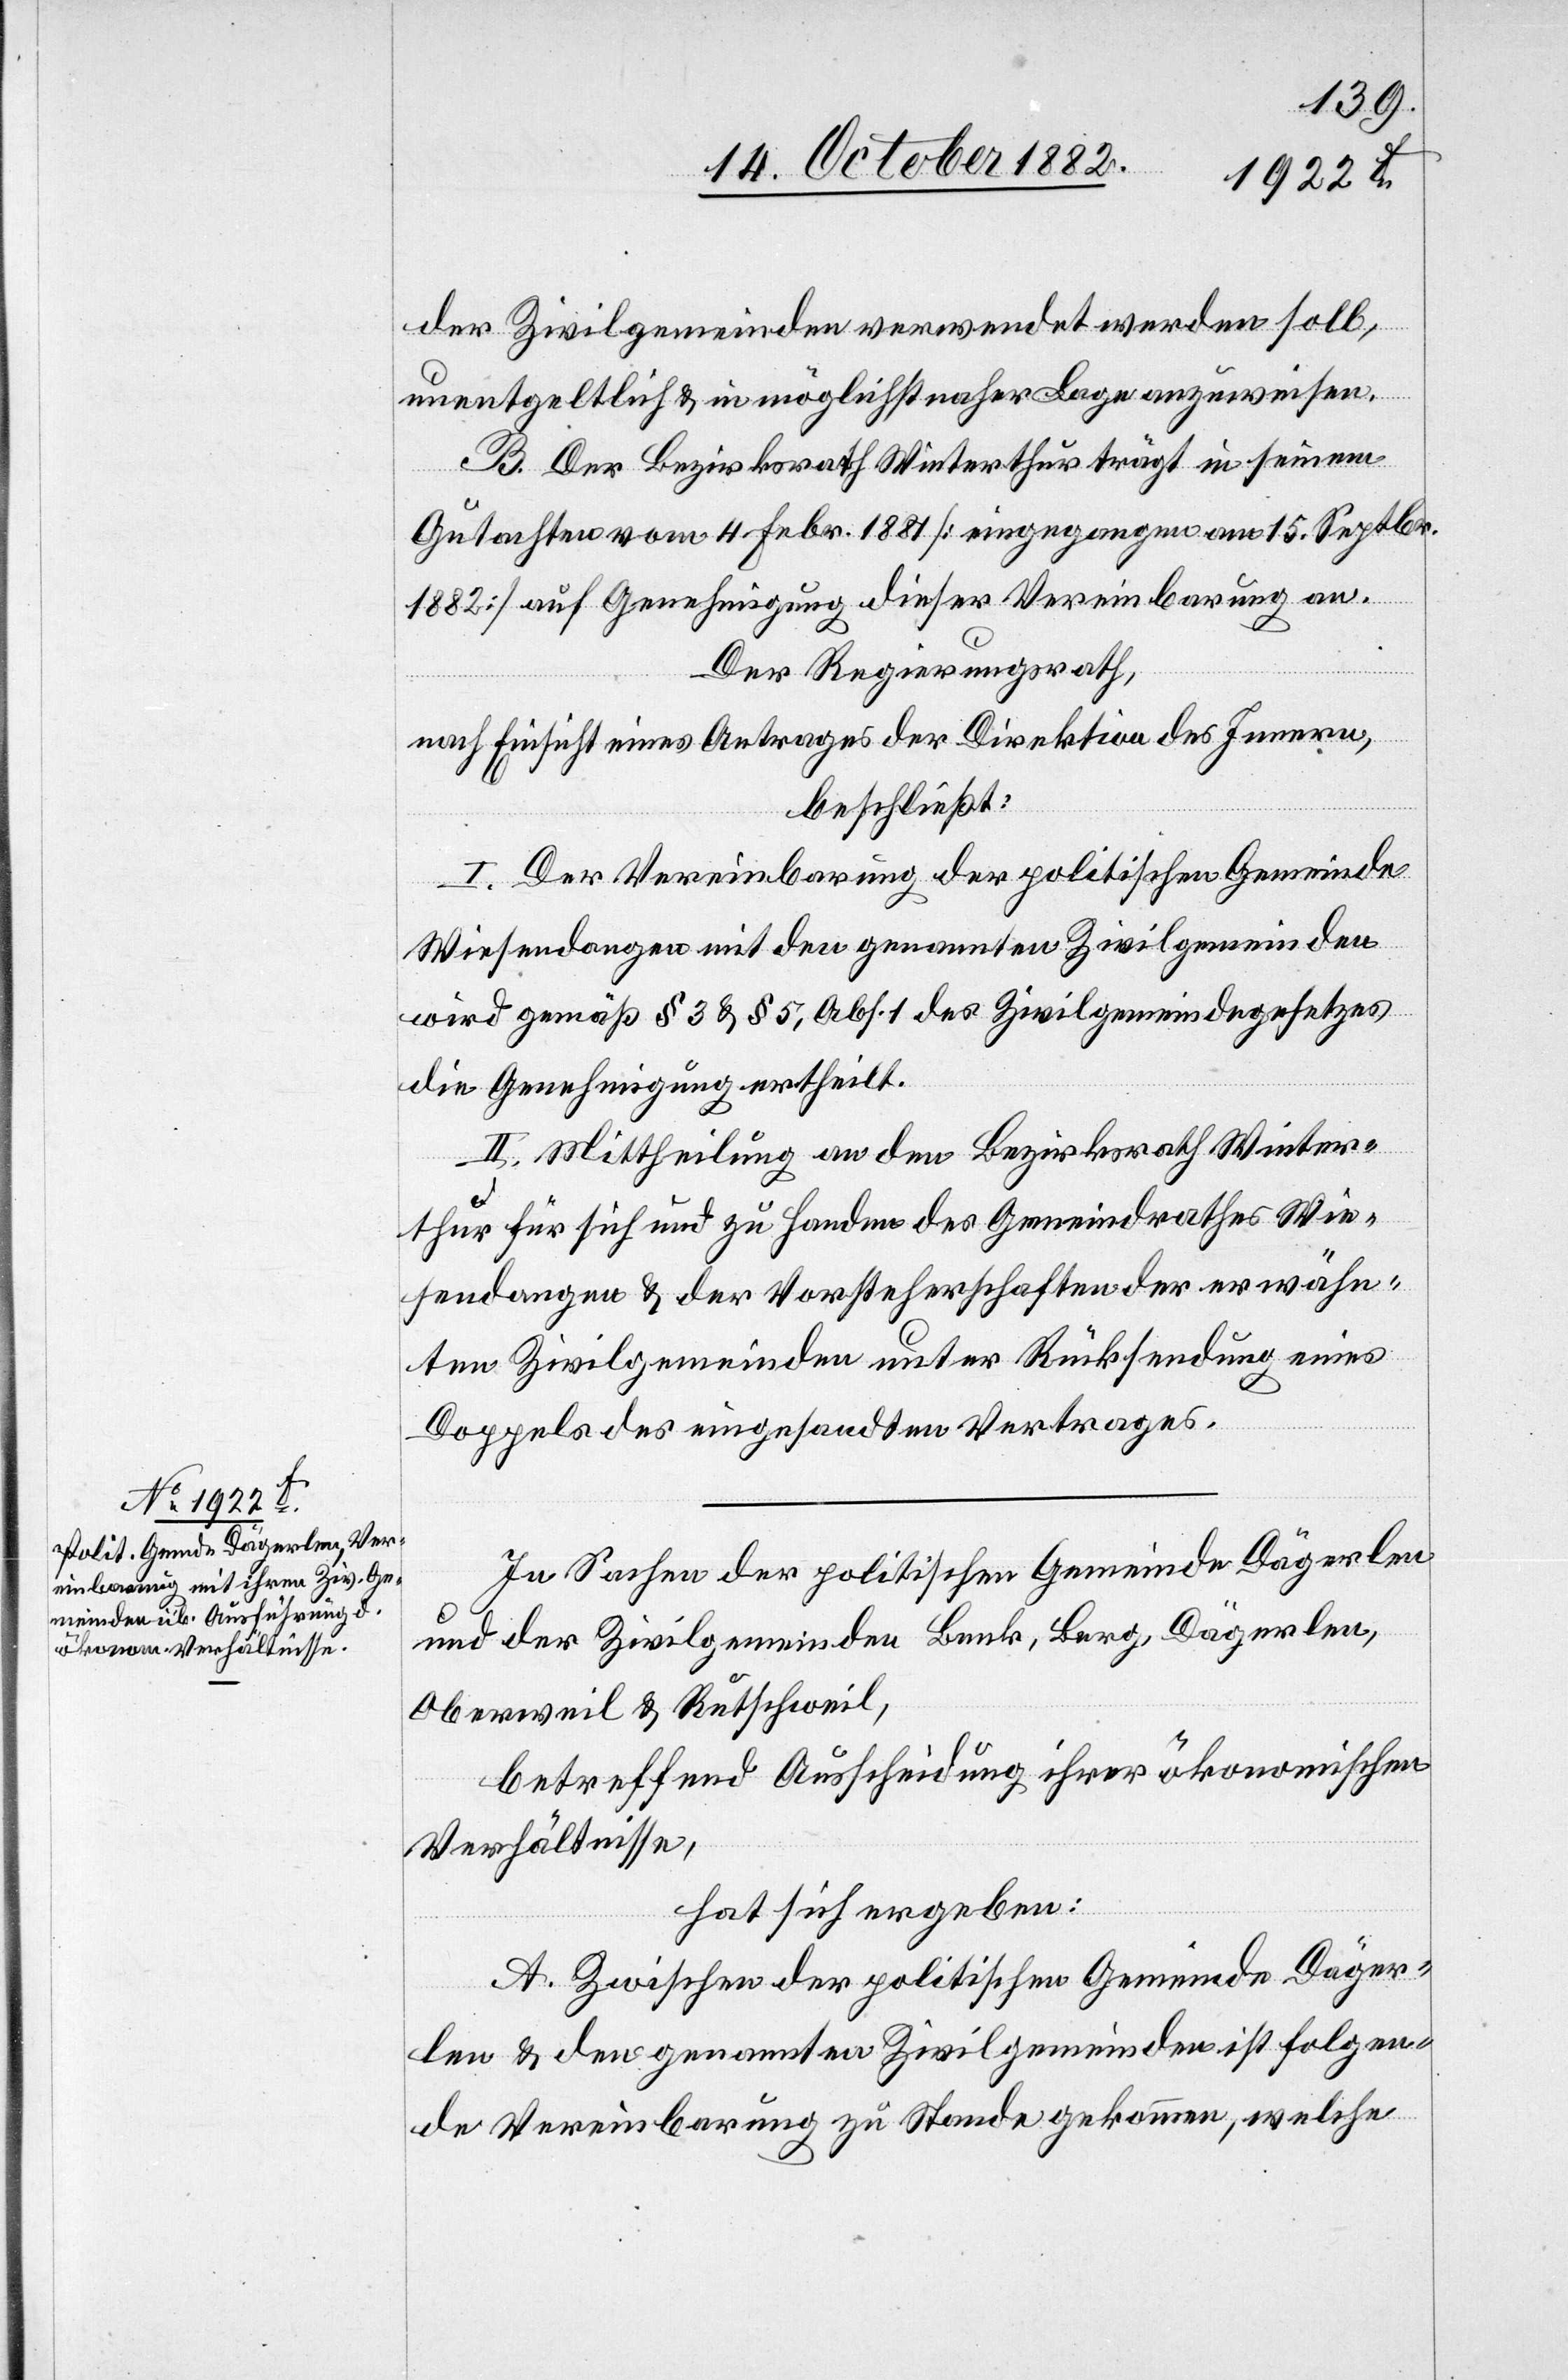
der Zivilgemeinden verwendet werden soll,
unentgeltlich & in möglichst naher Lage anzuweisen.
B. Der Bezirksrath Winterthur trägt in seinem
des
Gutachten vom 4. Febr. 1881 [eingegangen am 15. Septbr.
1882] auf Genehmigung dieser Vereinbarung an.
Der Regierungsrath,
nach Einsicht eines Antrages der Direktion des Innern,
beschließt:
I. Der Vereinbarung der Gemeinde Wiesendan¬
die Genehmigung ertheilt.
II. Mittheilung an den Bezirksrath Winter¬
thur für sich und zu Handen des Gemeindrathes Wie¬
sendangen & der Vorsteherschaften der erwähn¬
ten Zivilgemeinden unter Rücksendung eines
Doppels des eingesandten Vertrages.
In Sachen der politischen Gemeinde Dägerlen
& der Zivilgemeinden Benk, Berg, Dägerlen,
Oberweil & Rutschweil,
betreffend Ausscheidung ihrer ökonomischen
Verhältnisse,
hat sich ergeben:
A. Zwischen der politischen Gemeinde Däger¬
len & den genannten Zivilgemeinden ist folgen¬
de Vereinbarung zu Stande gekommen, welche